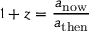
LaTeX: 1 + z = { \frac { a _ { \mathrm { n o w } } } { a _ { \mathrm { t h e n } } } }